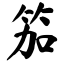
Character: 笳